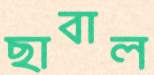
ছাবাল